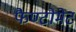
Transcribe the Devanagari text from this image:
फैण्टोमेट